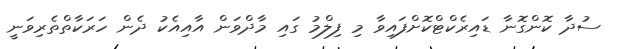
ސުދާ ކޮންގޮނާ ޑައިރެކްޓްކޮށްފައިވާ މި ފިލްމު ގައި މާދްވަން އާއިއެކު ދެން ހަރަކާތްތެރިވަނީ